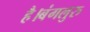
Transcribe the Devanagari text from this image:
है।बंगलुरु